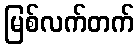
မြစ်လက်တက်